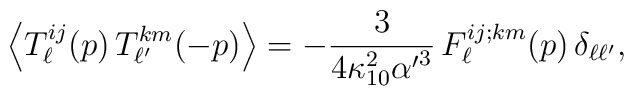
\left\langle T_{\ell}^{ij}(p)\, T_{\ell'}^{km}(-p)\right\rangle =-{3\over4\kappa_{10}^2 {\alpha'}^3}\, F_{\ell}^{ij;km}(p)\, \delta_{\ell \ell'},